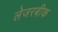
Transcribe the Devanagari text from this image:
लेजरबीक